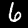
Label: 6